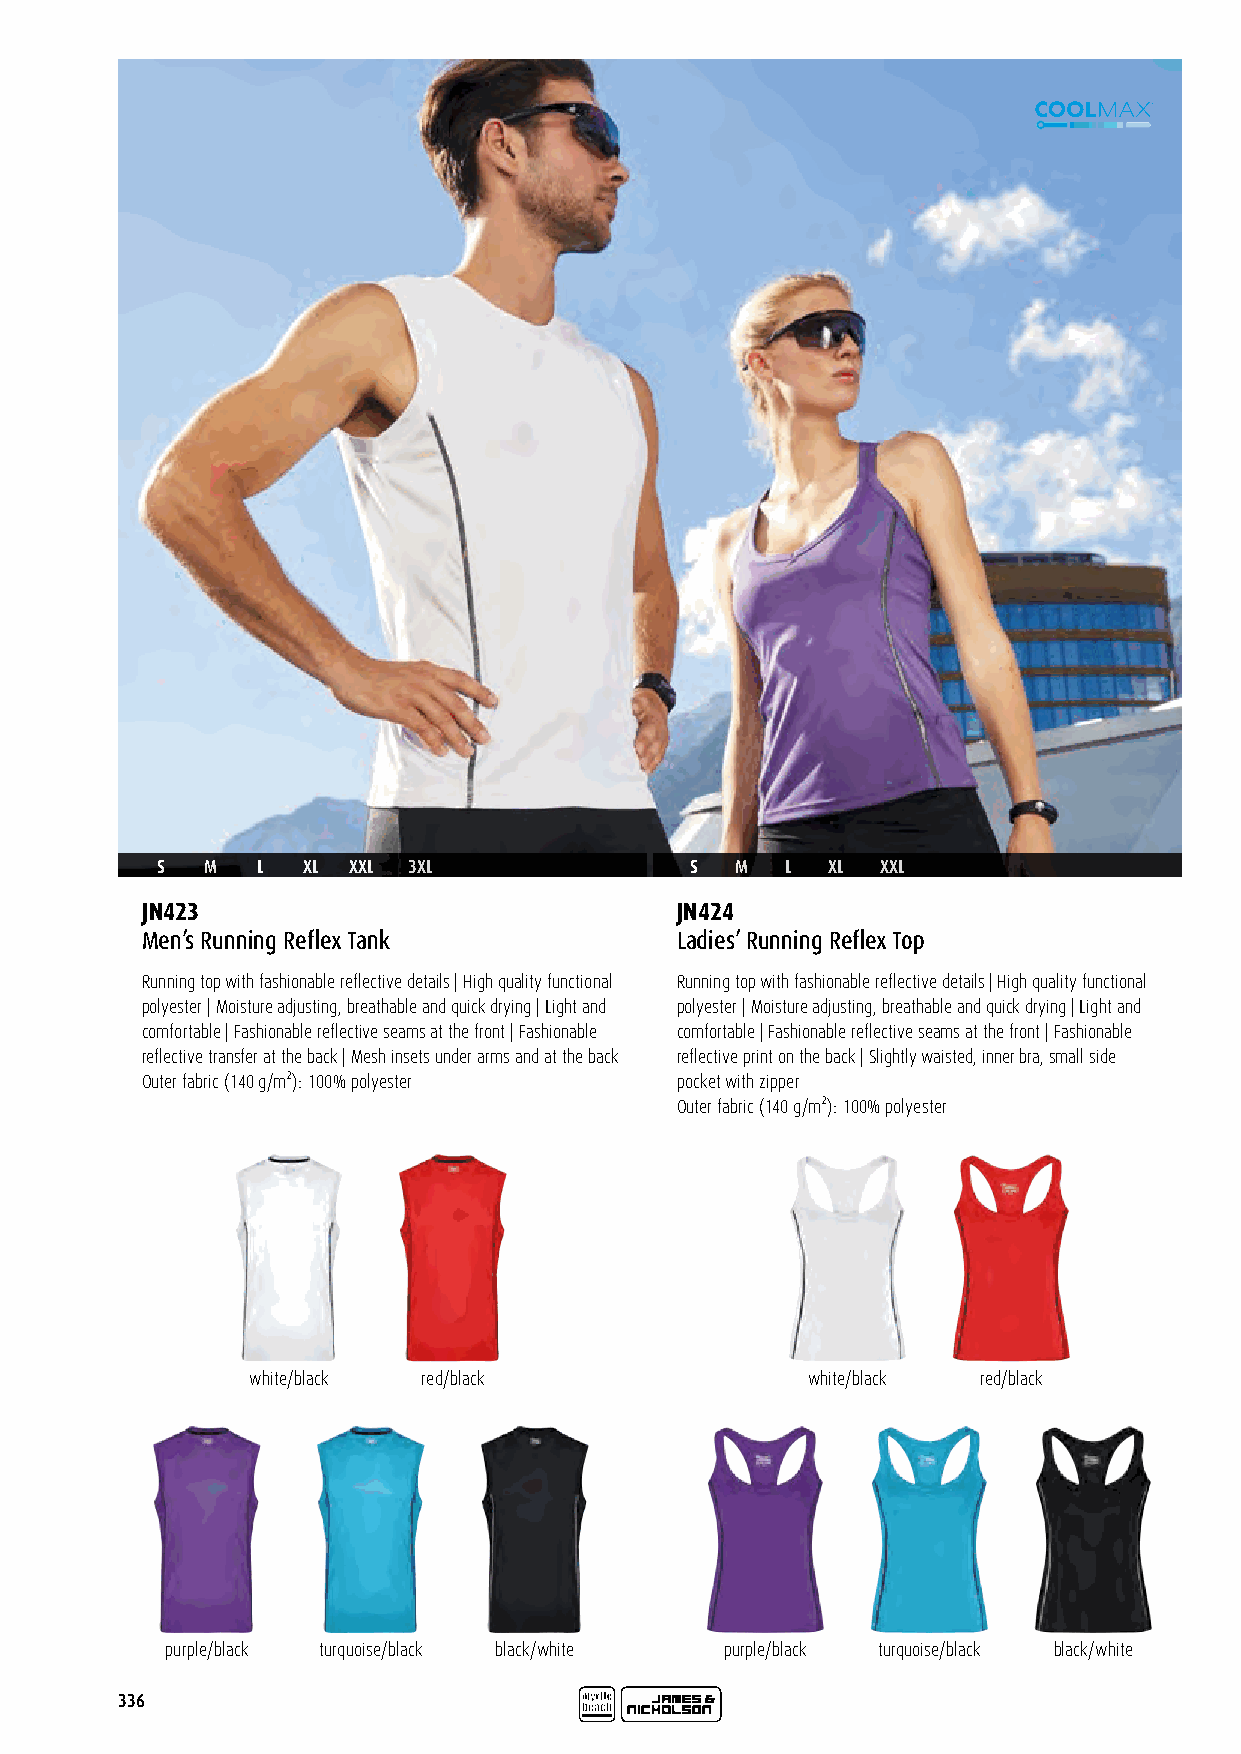
S   M  L  XL XXL 3XL                S  M  L  XL XXL
 JN423                               JN424
 Men’s Running Reflex Tank           Ladies’ Running Reflex Top
 Running top with fashionable reflective details | High quality functional Running top with fashionable reflective details | High quality functional
 polyester | Moisture adjusting, breathable and quick drying | Light and polyester | Moisture adjusting, breathable and quick drying | Light and
 comfortable | Fashionable reflective seams at the front | Fashionable comfortable | Fashionable reflective seams at the front | Fashionable
 reflective transfer at the back | Mesh insets under arms and at the back reflective print on the back | Slightly waisted, inner bra, small side
 Outer fabric (140 g/m²): 100% polyester pocket with zipper
 Outer fabric (140 g/m²): 100% polyester
 white/black red/black                white/black red/black
 purple/black turquoise/black black/white purple/black turquoise/black black/white
 336